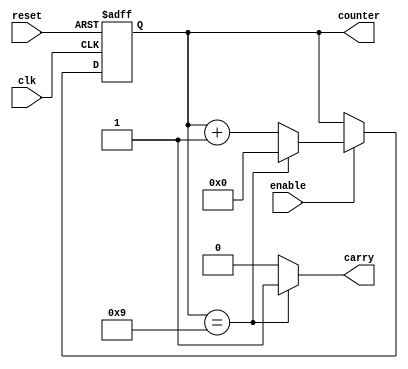
module Counter_binary
#(
	parameter MAXIMUM_VALUE = 4'h9,
	parameter NBITS = 4
)

(
	input clk,
	input reset,
	input enable,
	output carry,
	output[NBITS - 1:0] counter
);

reg [NBITS-1 : 0] counter_reg;
reg t_reg = 0;
reg MaxValue_Bit = 0;

always@(posedge clk or negedge reset) begin
	if (reset == 1'b0)
		counter_reg <= {NBITS{1'b0}};
	else begin
		if(enable == 1'b1) begin				
			if(counter_reg == MAXIMUM_VALUE)
				
				counter_reg <= 0;
			else
				counter_reg <= counter_reg + 1'b1;
		end
	end
end

always@(counter_reg)begin
	if(counter_reg == MAXIMUM_VALUE)
		MaxValue_Bit = 1;
	else
		MaxValue_Bit = 0;
end

assign carry = MaxValue_Bit;
assign counter = counter_reg;

endmodule